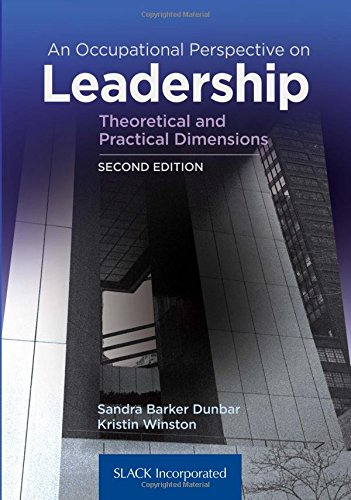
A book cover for An Occupational Perspective on Leadership: Theoretical and Practical Dimensions; Sandra Barker Dunbar DPA  OTR/L; Medical Books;